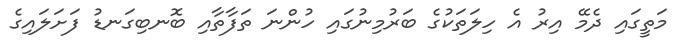
މަތީގައި ދެމޭ އިރު އެ ހިލަތަކުގެ ބަރުމިނުގައި ހުންނަ ތަފާތާއި ބޮނބިގަނޑު ފަށަލައިގެ